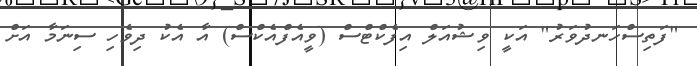
"ފަތިސްހަނދުވަރު" އަކީ ވިޝުއަލް އިފެކްޓްސް (ވީއެފްއެކްސް) އާ އެކު ދިވެހި ސިނަމާ އަށް